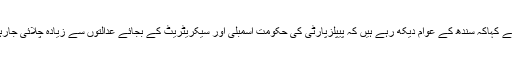
انہوں نے کہاکہ سندھ کے عوام دیکھ رہے ہیں کہ پیپلزپارٹی کی حکومت اسمبلی اور سیکریٹریٹ کے بجائے عدالتوں سے زیادہ چلائی جارہی ہے۔